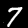
Label: 7